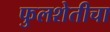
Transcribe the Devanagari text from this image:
फुलशेतीचा